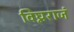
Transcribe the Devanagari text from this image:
विघ्नराजं